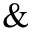
\&